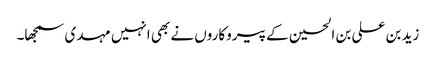
زید بن علی بن الحسین کے پیروکاروں نے بھی انہیں مہدی سمجھا۔